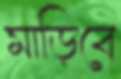
মাড়িবে